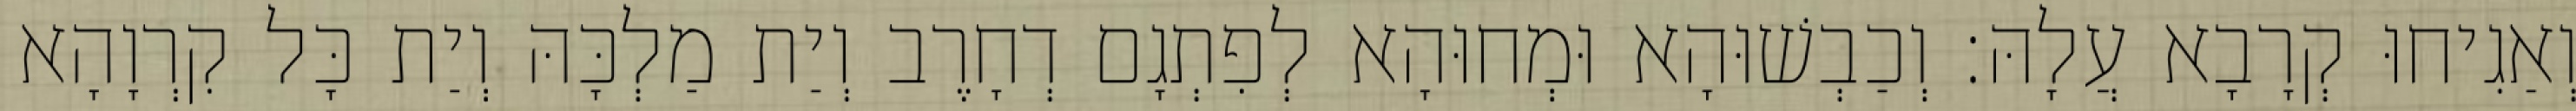
וְאַגִיחוּ קְרָבָא עֲלָהּ׃ וְכַבְשׁוּהָא וּמְחוּהָא לְפִתְגָם דְחָרֶב וְיַת מַלְכָּהּ וְיַת כָּל קִרְוָהָא